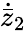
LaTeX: \dot{\bar{z}}_{2}